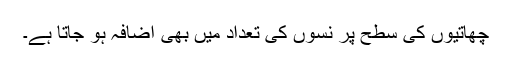
چھاتیوں کی سطح پر نسوں کی تعداد میں بھی اضافہ ہو جاتا ہے۔